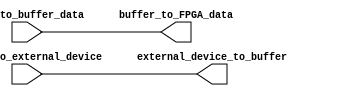
module IO_Block_Differential_buffer (
    input wire [7:0] FPGA_to_buffer_data,
    output wire [7:0] buffer_to_FPGA_data,
    input wire buffer_to_external_device,
    output wire external_device_to_buffer
);

// Verilog code for bidirectional buffer with differential signaling and programmable features

// Logic for driving data from FPGA to buffer
assign buffer_to_FPGA_data = FPGA_to_buffer_data;

// Logic for receiving data from external device to buffer
assign external_device_to_buffer = buffer_to_external_device;

endmodule